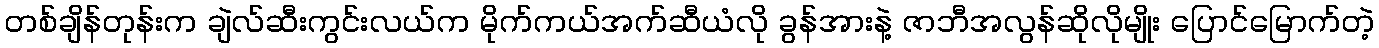
တစ်ချိန်တုန်းက ချဲလ်ဆီးကွင်းလယ်က မိုက်ကယ်အက်ဆီယံလို ခွန်အားနဲ့ ဇာဘီအလွန်ဆိုလိုမျိုး ပြောင်မြောက်တဲ့